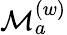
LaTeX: {\cal M}_{a}^{(w)}